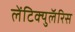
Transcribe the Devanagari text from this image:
लेंटिक्युलॅरिस